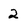
Character: 2